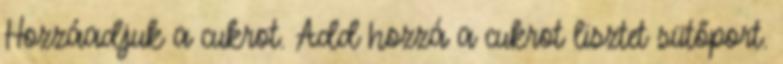
Hozzáadjuk a cukrot. Add hozzá a cukrot lisztet sütőport.